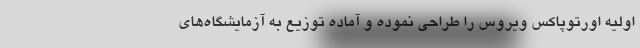
اولیه اورتوپاکس ویروس را طراحی نموده و آماده توزیع به آزمایشگاه‌های